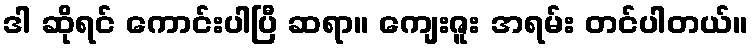
ဒါ ဆိုရင် ကောင်းပါပြီ ဆရာ။ ကျေးဇူး အရမ်း တင်ပါတယ်။